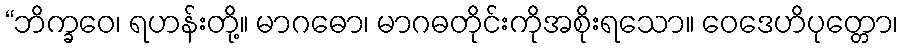
“ဘိက္ခဝေ၊ ရဟန်းတို့။ မာဂဓော၊ မာဂဓတိုင်းကိုအစိုးရသော။ ဝေဒေဟိပုတ္တော၊